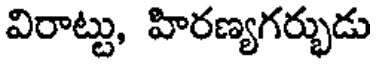
విరాట్టు, హిరణ్యగర్భుడు